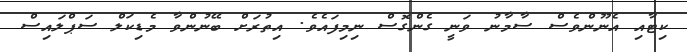
ކިޓާއި އެނޫންވެސް ސާމާނު ވަނީ ގެންގޮސް ނިމިފައެވެ. އިތުރަށް ބޭނުންވާ މެޑިކަލް ސަޕްލައިސް